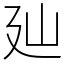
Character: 𢌚